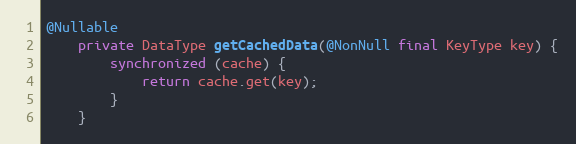
Language: Java
@Nullable
    private DataType getCachedData(@NonNull final KeyType key) {
        synchronized (cache) {
            return cache.get(key);
        }
    }